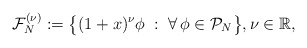
\begin{align*}{\mathcal F}_N^{(\nu)}:=\big\{ (1+x)^\nu \phi\;:\;\forall\, \phi\in{\mathcal P}_N \big\},\nu\in {\mathbb R},\end{align*}